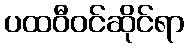
ပထဝီဝင်ဆိုင်ရာ